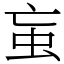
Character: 䖟